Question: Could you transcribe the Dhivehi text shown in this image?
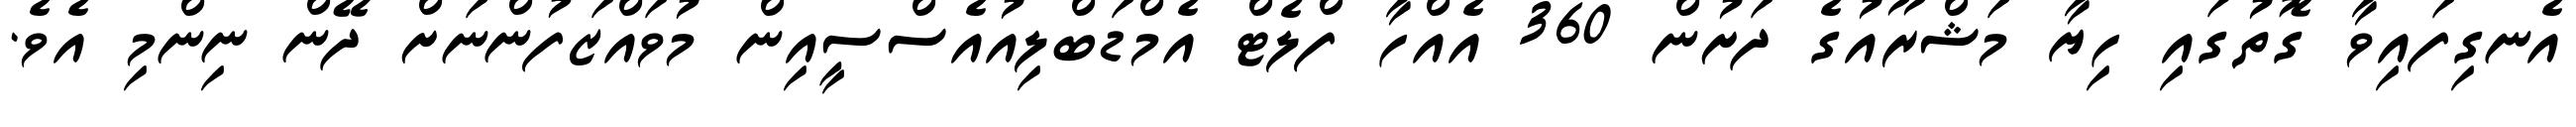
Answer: އެނގިފައިވާ ގޮތުގައި ހިޔާ މަޝްރޫއުގެ ދަށުން 360 އެއްހާ ފްލެޓް އެމްޑަބްލިއުއެސްސީއިން މުވައްޒަފުންނަށް ދޭން ނިންމި އެވެ.